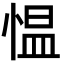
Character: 愠